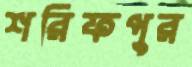
শরিফপুর